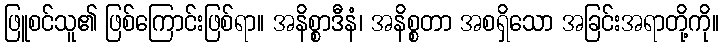
ဖြူစင်သူ၏ ဖြစ်ကြောင်းဖြစ်ရာ။ အနိစ္စာဒီနံ၊ အနိစ္စတာ အစရှိသော အခြင်းအရာတို့ကို။